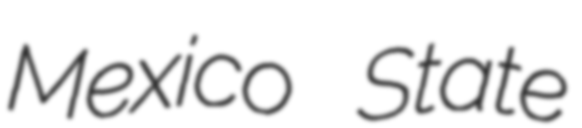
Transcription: Mexico State